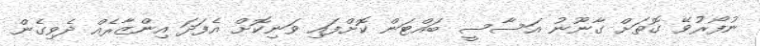
ނުފޯރުވޭ ގޮތަށް ގާނޫނު އަސާސީ ބައްޓަން ކޮށްފައި ވަނިކޮށް އެފަދަ އިންޒާރެއް ދެވިގެން